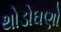
થોડોઘણો